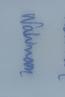
Signature authenticity: genuine